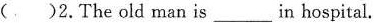
( )2.The old man is___in hospital.